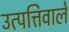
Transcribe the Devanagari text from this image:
उत्पत्तिवाले